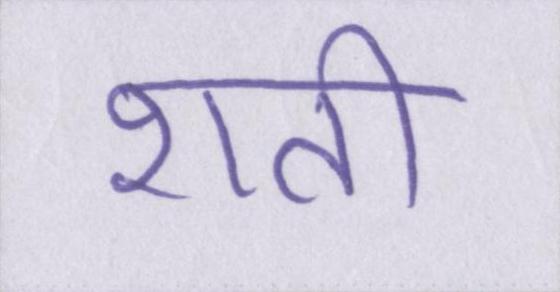
शती